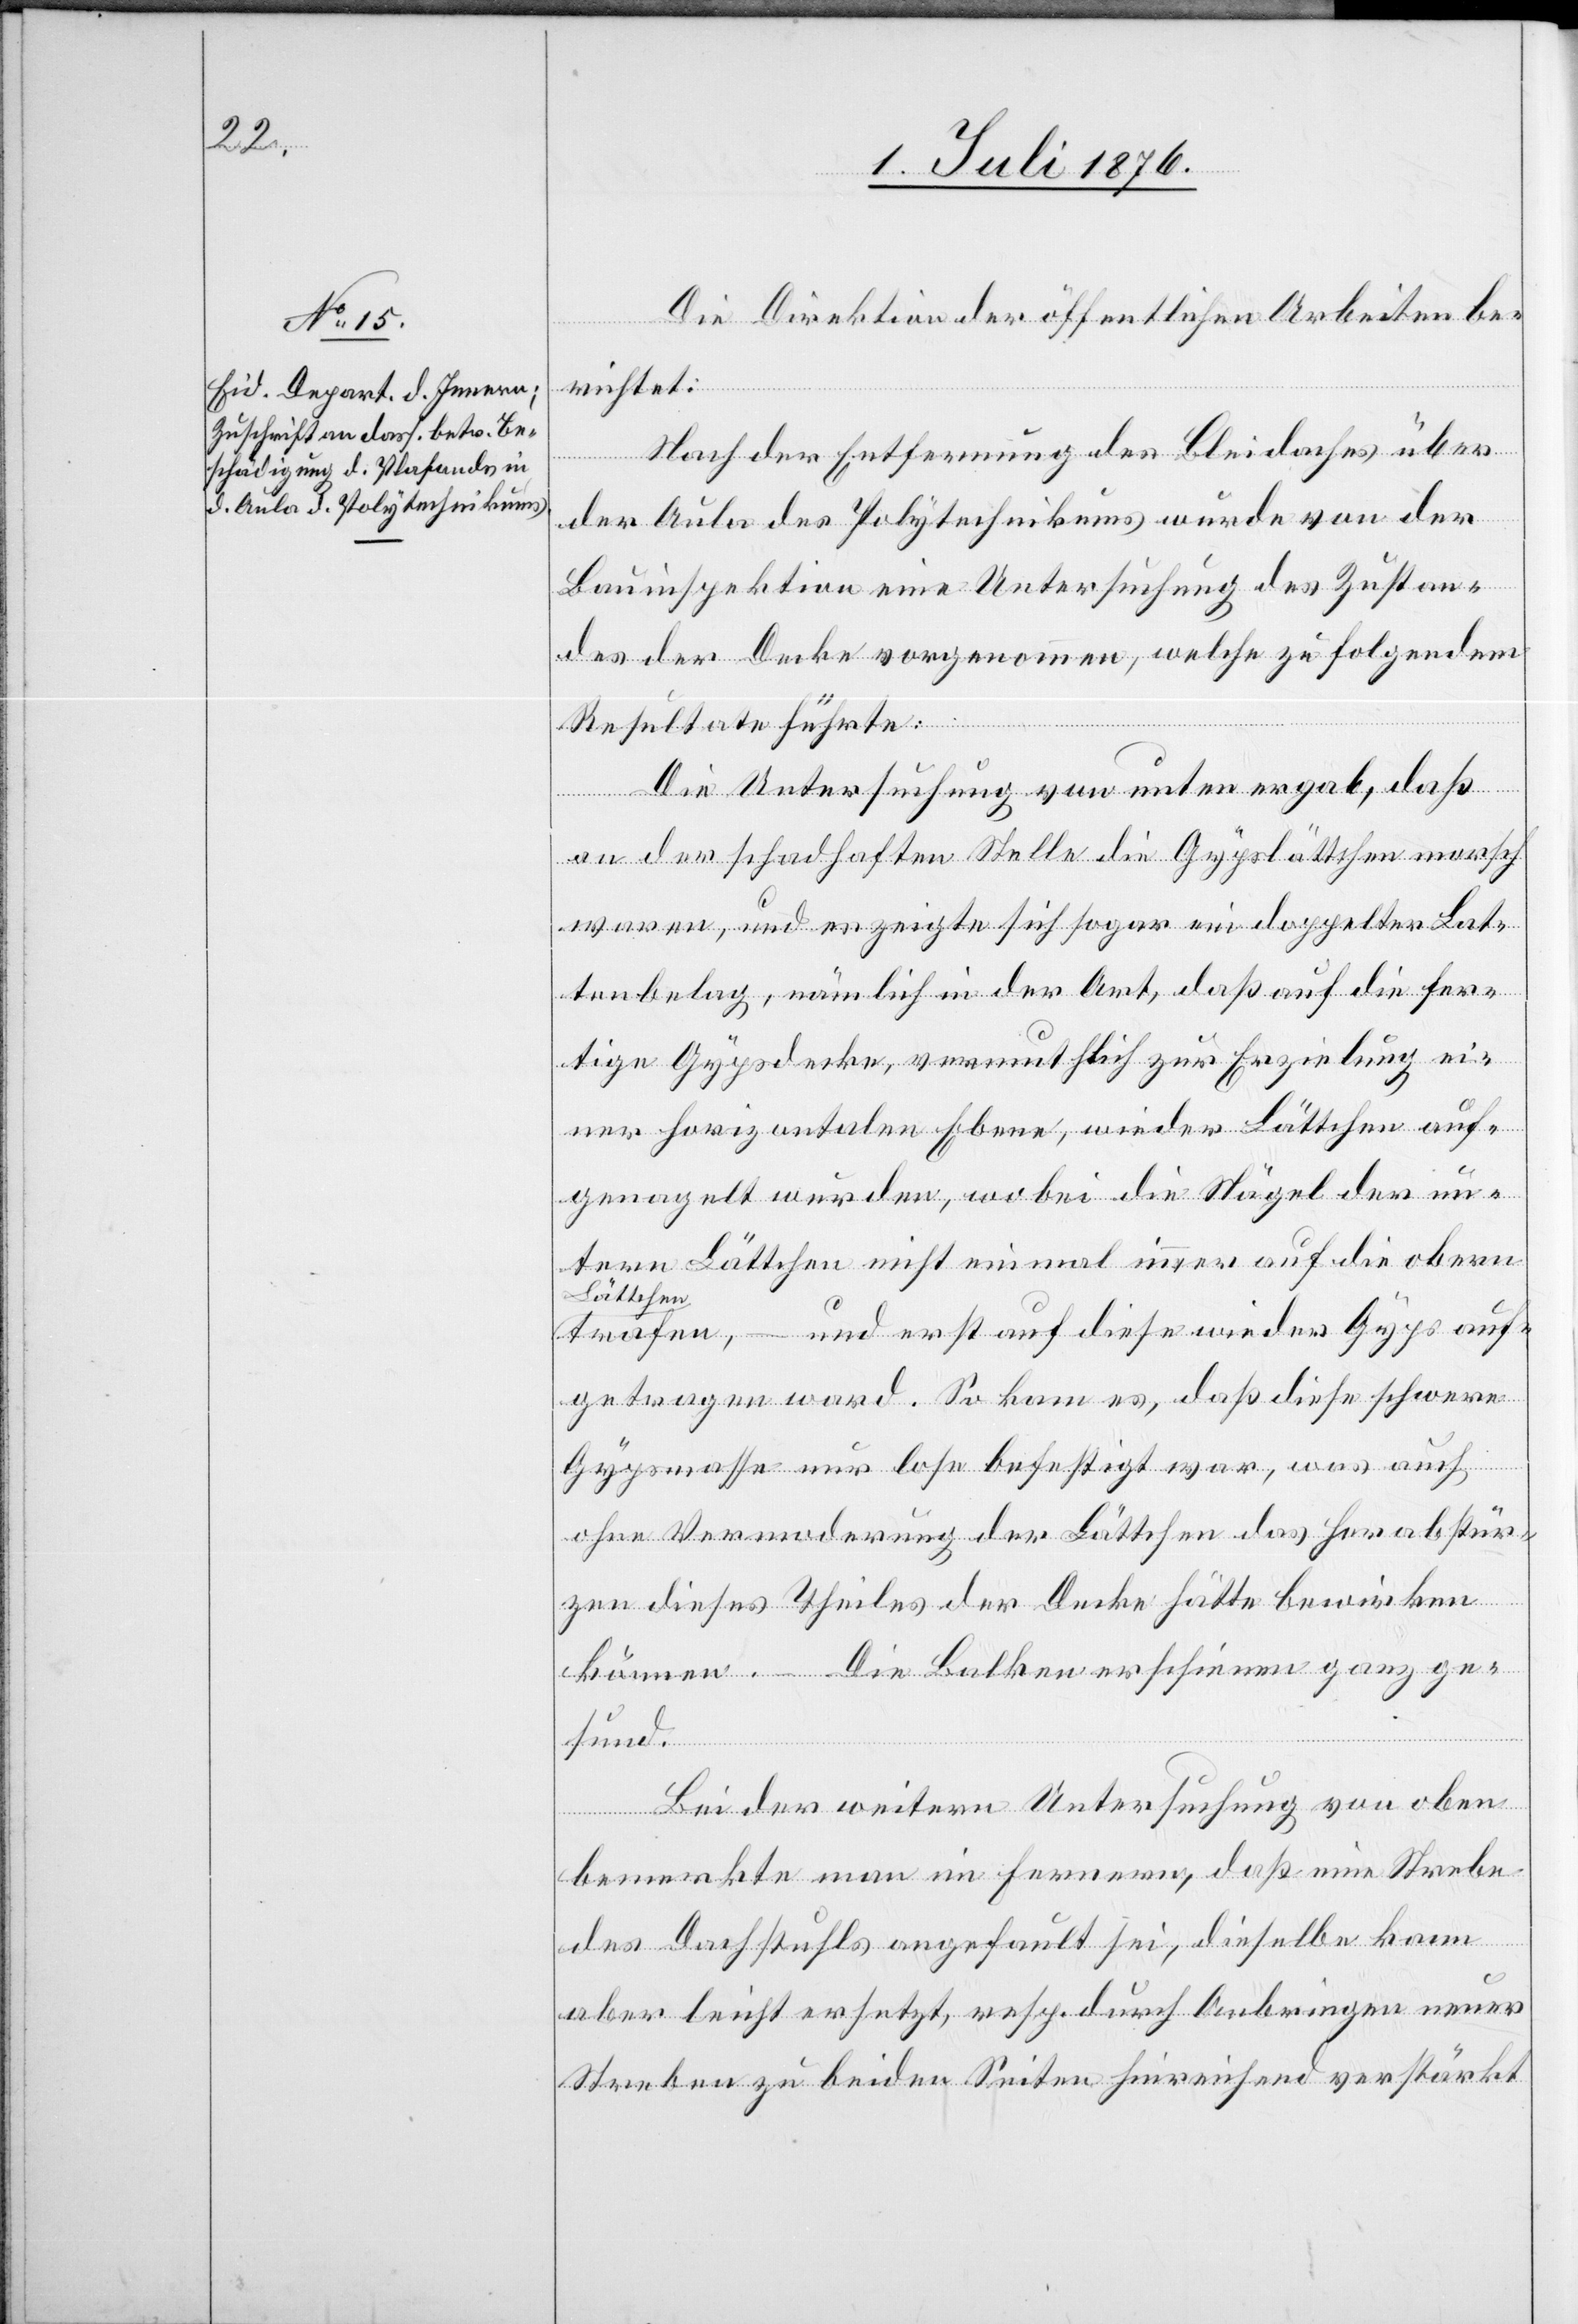
Die Direktion der öffentlichen Arbeiten be¬
richtet:
Nach der Entfernung des Bleidaches über
der Aula des Polytechnikums wurde von der
Bauinspektion eine Untersuchung des Zustan¬
des der Decke vorgenommen, welche zu folgendem
Resultate führte:
Die Untersuchung von unten ergab, daß
an der schadhaften Stelle die Gypslättchen morsch
waren, und erzeigte sich sogar ein doppelter Lat¬
tenbelag, nämlich in der Art, daß auf die fer¬
tige Gypsdecke, vermuthlich zur Erzielung ei¬
ner horizontalen Ebene, wieder Lättchen auf¬
genagelt wurden, wobei die Nägel der un¬
tern Lättchen nicht einmal immer auf die obern
Lättchen-a
– und erst auf diese wieder Gyps auf¬
trafen,
getragen ward. So kam es, daß diese schwere
Gypsmasse nur lose befestigt war, was auch
ohne Vermoderung der Lättchen das Herabstür¬
zen dieses Theiles der Decke hätte bewirken
können. – Die Balken erscheinen ganz ge¬
sund.
Bei der weitern Untersuchung von oben
bemerkte man im Fernern, daß eine Strebe
des Dachstuhls angefault sei, dieselbe kann
aber leicht ersetzt, resp. durch Anbringen neuer
Streben zu beiden Seiten hinreichend verstärkt